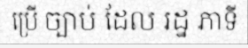
ប្រើ ច្បាប់ ដែល រដ្ឋ ភាទី